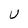
Character: U